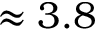
\approx 3 . 8